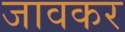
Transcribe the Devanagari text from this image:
जावकर